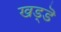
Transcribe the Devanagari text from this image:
खड्डॆ